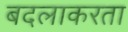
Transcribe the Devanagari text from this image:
बदलाकरता